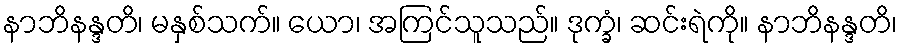
နာဘိနန္ဒတိ၊ မနှစ်သက်။ ယော၊ အကြင်သူသည်။ ဒုက္ခံ၊ ဆင်းရဲကို။ နာဘိနန္ဒတိ၊